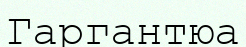
Гаргантюа